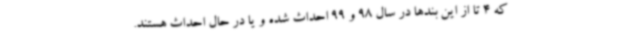
که 4 تا از این بندها در سال 98 و 99 احداث شده و یا در حال احداث هستند.